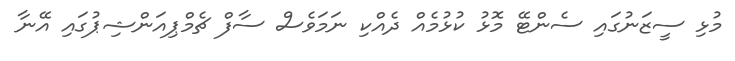
މުޅި ސީޒަނުގައި ސެންޓޭ މޮޅު ކުޅުމެއް ދެއްކި ނަމަވެސް ސާފް ޗެމްޕިއަންޝިޕުގައި އޭނާ